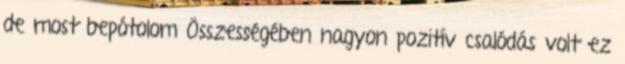
de most bepótolom Összességében nagyon pozitív csalódás volt ez